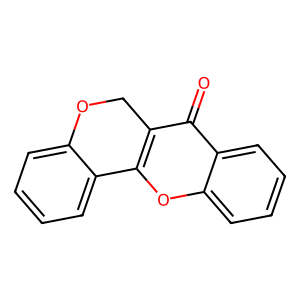
SMILES: O=c1c2c(oc3ccccc13)-c1ccccc1OC2
Inhibits HIV replication: No